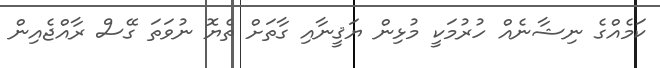
ކަމެއްގެ ނިޝާނެއް ހުރުމަކީ މުޅިން ޔަޤީނާއި ގާތަށް ތެޔޮ ނުވަަތަ ގޭސް ރާއްޖެއިން